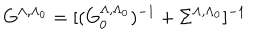
LaTeX: G ^ { \Lambda , \Lambda _ { 0 } } = [ ( G _ { 0 } ^ { \Lambda , \Lambda _ { 0 } } ) ^ { - 1 } + \Sigma ^ { \Lambda , \Lambda _ { 0 } } ] ^ { - 1 }